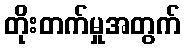
တိုးတက်မှုအတွက်